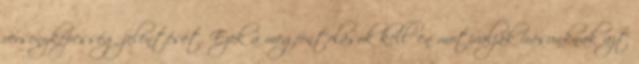
versenyképesség jelentését. Ezek a megfontolások kellően motiválják írásunknak azt